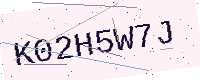
Text: K02H5W7J